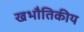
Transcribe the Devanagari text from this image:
खभौतिकीय